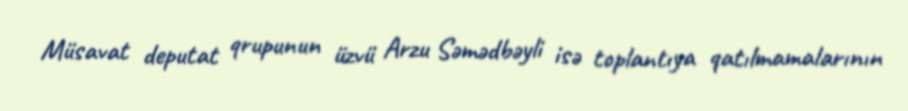
Müsavat deputat qrupunun üzvü Arzu Səmədbəyli isə toplantıya qatılmamalarının